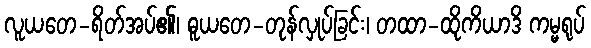
လူယတေ-ရိတ်အပ်၏၊ ဓူယတေ-တုန်လှုပ်ခြင်း၊ တထာ-ထိုကိယာဒိ ကမ္မရုပ်